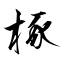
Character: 椓